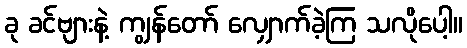
ခု ခင်ဗျားနဲ့ ကျွန်တော် လျှောက်ခဲ့ကြ သလိုပေါ့။